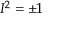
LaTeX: I ^ { 2 } = \pm 1